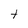
Character: t